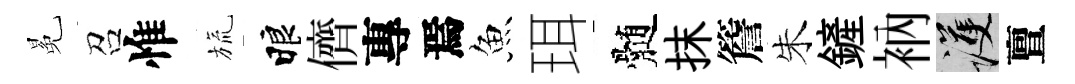
冕召惟旒睱儕專焉魚珥髄抹簷朱鏟衲護亶